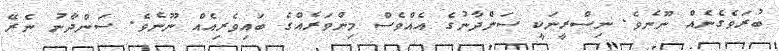
ބުރަވެގެނެއް ނޫނެވެ. ނިސްރީނަކީ ސަންދާނުގެ އެއްވެސް މިންވަރެއްގެ ބައިވެރިއެއް ނޫނެވެ. ސަންދާނު ނެރޭ